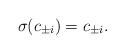
LaTeX: \begin{align*}\sigma(c_{\pm i}) = c_{\pm i}. \end{align*}